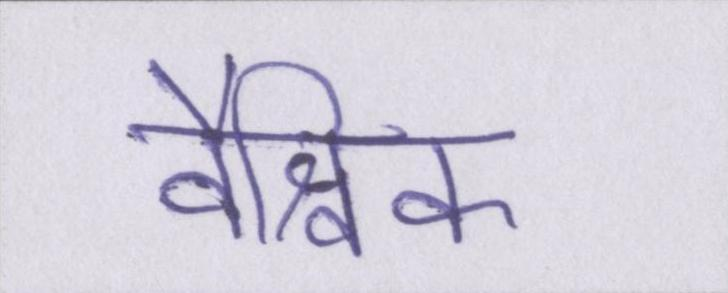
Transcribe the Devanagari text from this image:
वैश्विक